Source: Handwritten
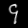
Digit: ၄ (4)